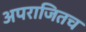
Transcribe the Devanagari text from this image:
अपराजितच